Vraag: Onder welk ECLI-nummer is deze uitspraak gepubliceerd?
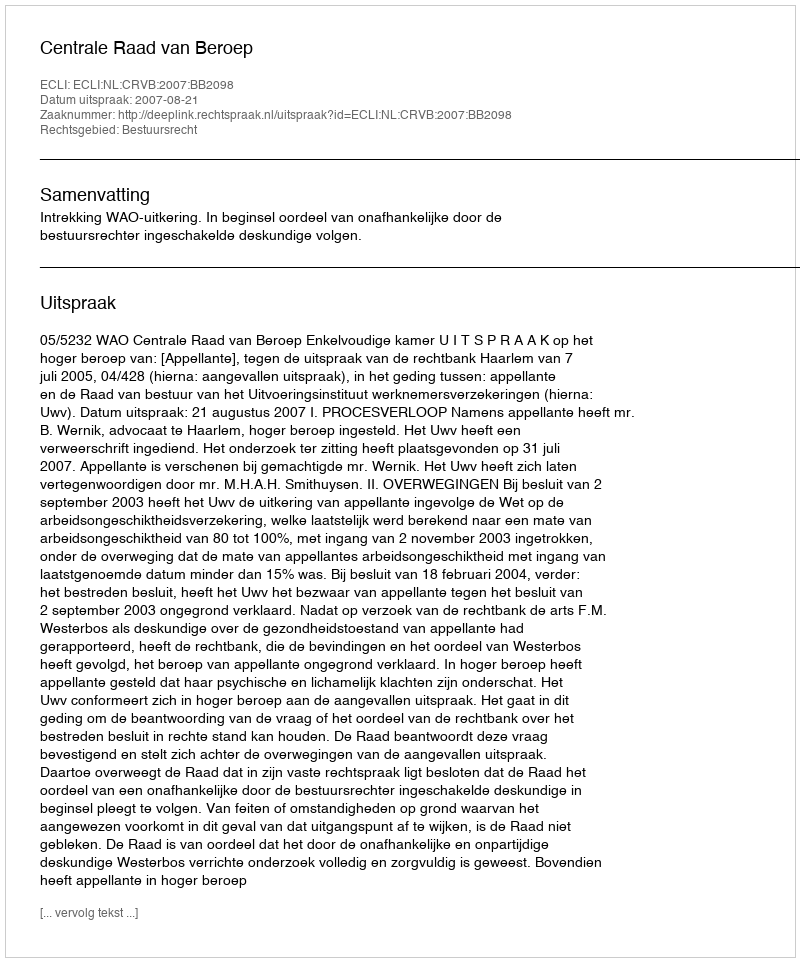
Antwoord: ECLI:NL:CRVB:2007:BB2098